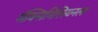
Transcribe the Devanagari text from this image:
मॅक्सिमिलियनला